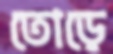
তোড়ে